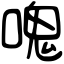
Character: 𠺌